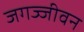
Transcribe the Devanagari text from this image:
जगज्जीवन